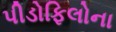
પીડોફિલોના